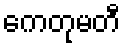
ကေတုမတီ